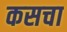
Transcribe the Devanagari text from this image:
कसचा